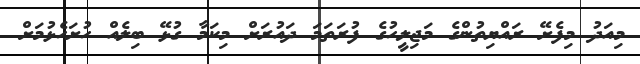
މިއަދު މިފެށޭ ރައްޔިތުންގެ މަޖިލީހުގެ ފުރަތަމަ ދައުރަށް މިކަމާ ގުޅޭ ބިލެއް ހުށަހެޅުމަށް